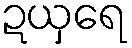
ဍယှရေ